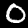
Label: 0